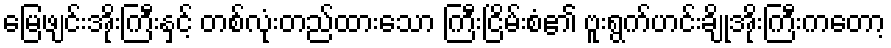
မြေဖျင်းအိုးကြီးနှင့် တစ်လုံးတည်ထားသော ကြီးငြိမ်းစံ၏ ဗူးရွက်ဟင်းချိုအိုးကြီးကတော့